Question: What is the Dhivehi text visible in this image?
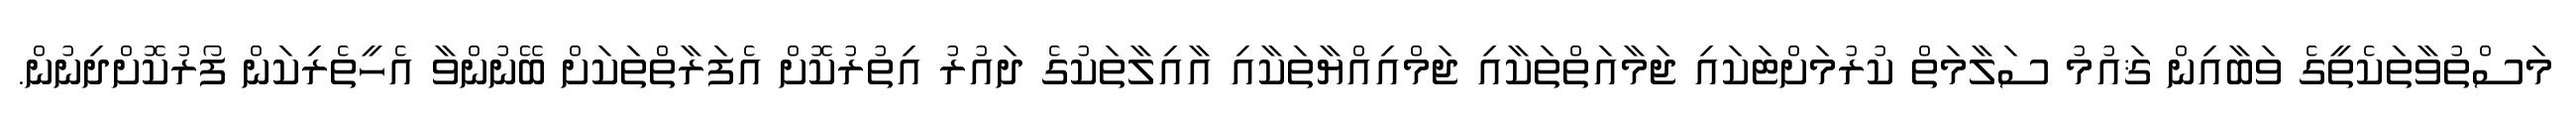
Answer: މަސްތުވާތަކެތީގެ ވަބާއިން ޤައުމު ސަލާމަތް ކުރުމަށްޓަކައި ޖަމާއަތްތަކާއި ޖަމްއިއްޔާތަކާއި އާއިލާތަކުގެ ދައުރު އިތުރުކޮށް އެފަރާތްތަކަށް ބޭނުންވާ އެހީތެރިކަން ފޯރުކޮށްދިނުން.